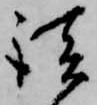
談